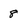
Character: 8